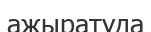
ажыратуда